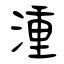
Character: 湩